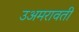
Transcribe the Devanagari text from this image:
उअमरावती